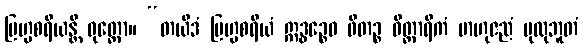
ဗြဟ္မစရိယန္တိ ဝုတ္တော။ “တယိဒံ ဗြဟ္မစရိယံ ဣဒ္ဓဉ္စေဝ ဖီတဉ္စ ဝိတ္ထာရိကံ ဗာဟုဇညံ ပုထုဘူတံ